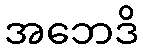
အဘေဒိ